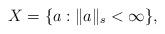
LaTeX: \begin{align*}X = \{ a : \| a \|_s < \infty \},\end{align*}